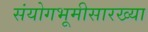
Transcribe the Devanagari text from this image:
संयोगभूमीसारख्या